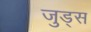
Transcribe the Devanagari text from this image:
जुड्स